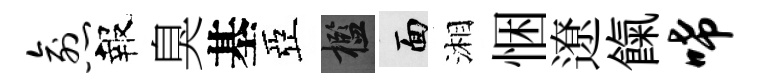
愈報臭基亞檻面湘悃遼餼唏